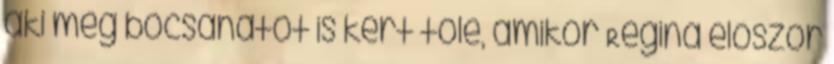
aki még bocsánatot is kért tőle, amikor Regina először